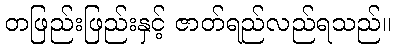
တဖြည်းဖြည်းနှင့် ဇာတ်ရည်လည်ရသည်။